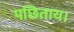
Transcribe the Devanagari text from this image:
पछिताय।